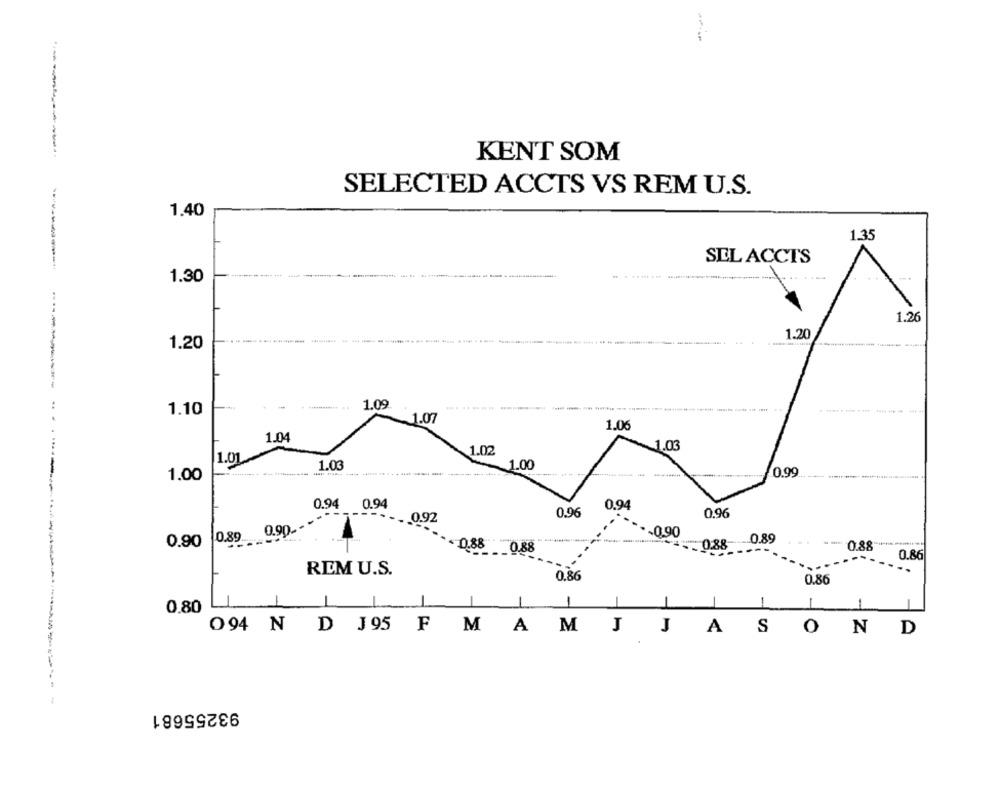
KENT SOM
SELECTED ACCTS VS REM U.S.
1.40
1.35
SEL ACCTS
----
1.30
1.26
1.20
1.20
1.10
1.09
.-----------
.1.07
1.06
1.0
1.02
1.03
1.01
1.03
_1.00
0.99
1.00
0.94 0.94
0.96
0.94
0.96
---__ 0.92
0.89 0.90 .--
.. 0.90
0.90
-0,88
0.89
0.88
0.88 0.88
0.86
...
REM U.S.
0.86
0.86
0.80
094 N D J95 F MAM J JASO
N
D
93255681